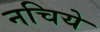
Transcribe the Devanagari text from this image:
नचिये